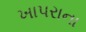
ખાપરાના